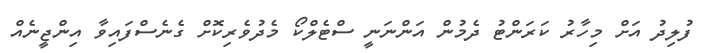
ފުލިދު އަށް މިހާރު ކަރަންޓު ދެމުން އަންނަނީ ސްޓެލްކޯ މެދުވެރިކޮށް ގެނެސްފައިވާ އިންޖީނެއް